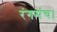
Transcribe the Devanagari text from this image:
रंगमंच।